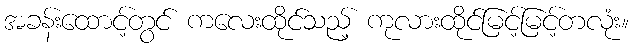
အခန်းထောင့်တွင် ကလေးထိုင်သည့် ကုလားထိုင်မြင့်မြင့်တလုံး။